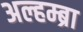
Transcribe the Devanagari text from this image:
अल्हम्ब्रा